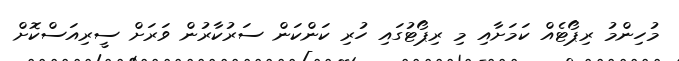
މުހިންމު ރިޕޯޓެއް ކަމަށާއި މި ރިޕޯޓުގައި ހުރި ކަންކަން ސަރުކާރުން ވަރަށް ސީރިއަސްކޮށް